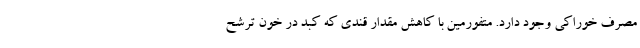
مصرف خوراکی وجود دارد. متفورمین با کاهش مقدار قندی که کبد در خون ترشح